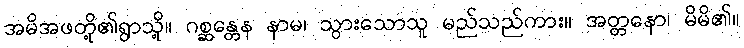
အမိအဖတို့၏ရွာသို့။ ဂစ္ဆန္တေန နာမ၊ သွားသောသူ မည်သည်ကား။ အတ္တနော၊ မိမိ၏။